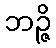
ဘဉ္ဇိ